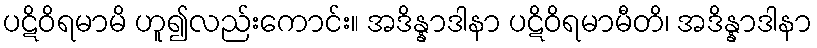
ပဋိဝိရမာမိ ဟူ၍လည်းကောင်း။ အဒိန္နာဒါနာ ပဋိဝိရမာမီတိ၊ အဒိန္နာဒါနာ